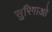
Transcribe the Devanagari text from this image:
सुरिगाओ